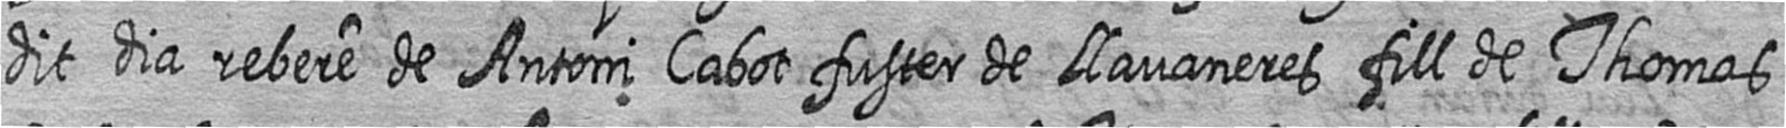
dit dia rebere de Antoni Cabot fuster de Llavaneres fill de Thomas